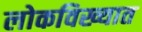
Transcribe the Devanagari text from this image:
लोकविख्यात